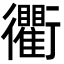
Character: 衢